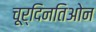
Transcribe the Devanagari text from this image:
चूर्दिनतिओन